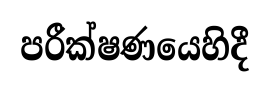
පරීක්ෂණයෙහිදී